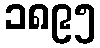
၁၈၉၅